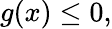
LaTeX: g(x)\leq 0,